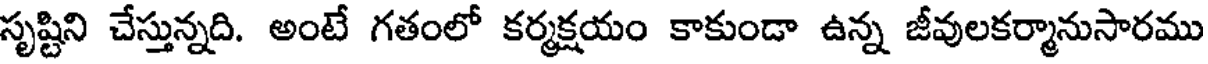
సృష్టిని చేస్తున్నది. అంటే గతంలో కర్మక్షయం కాకుండా ఉన్న జీవులకర్మానుసారము